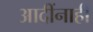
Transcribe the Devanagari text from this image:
आदींनाही